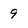
Character: 9